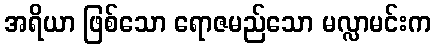
အရိယာ ဖြစ်သော ရောဇမည်သော မလ္လာမင်းက